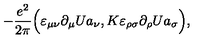
- \frac { e ^ { 2 } } { 2 \pi } \Big ( \varepsilon _ { \mu \nu } \partial _ { \mu } U a _ { \nu } , K \varepsilon _ { \rho \sigma } \partial _ { \rho } U a _ { \sigma } \Big ) ,